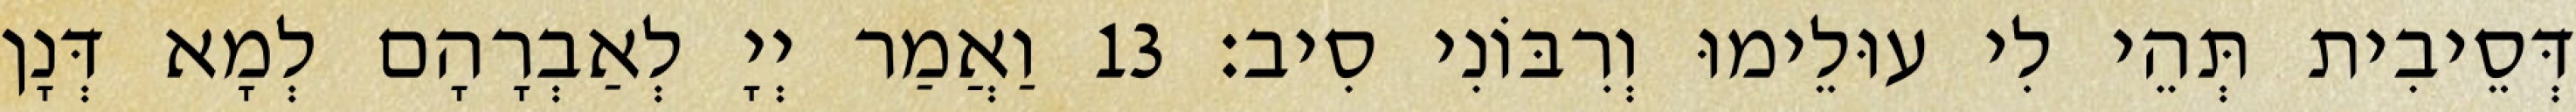
דְּסֵיבִית תְּהֵי לִי עוּלֵימוּ וְרִבּוֹנִי סִיב׃ 13 וַאֲמַר יְיָ לְאַבְרָהָם לְמָא דְּנָן